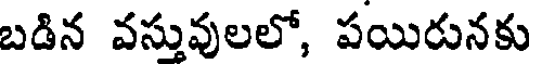
బడిన వస్తువులలో, పయిరునకు